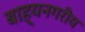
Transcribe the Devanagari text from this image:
बाह्यनगरीय